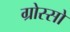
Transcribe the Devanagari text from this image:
ग्रोस्सो